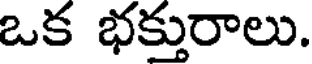
ఒక భక్తురాలు.